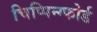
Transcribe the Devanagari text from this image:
चिप्पिन्ग्फोर्ड